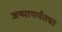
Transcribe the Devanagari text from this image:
जन्मापर्यंतचा